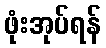
ဖုံးအုပ်ရန်